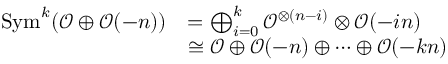
{ \begin{array} { r l } { \operatorname { S y m } ^ { k } ( { \mathcal { O } } \oplus { \mathcal { O } } ( - n ) ) } & { = \bigoplus _ { i = 0 } ^ { k } { \mathcal { O } } ^ { \otimes ( n - i ) } \otimes { \mathcal { O } } ( - i n ) } \\ & { \cong { \mathcal { O } } \oplus { \mathcal { O } } ( - n ) \oplus \cdots \oplus { \mathcal { O } } ( - k n ) } \end{array} }